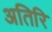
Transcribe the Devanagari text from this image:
अतिरि